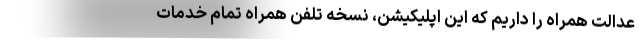
عدالت همراه را داریم که این اپلیکیشن، نسخه تلفن همراه تمام خدمات